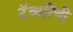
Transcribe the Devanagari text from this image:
टॅक्सींची